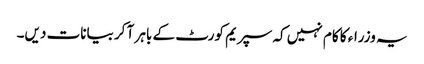
یہ وزراء کا کام نہیں کہ سپریم کورٹ کے باہر آ کر بیانات دیں۔